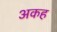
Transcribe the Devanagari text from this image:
अकह